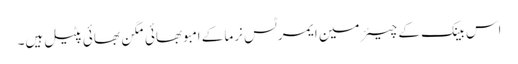
اس بینک کے چیئرمین ایمرٹس نرما کے امبوبھائی مگن بھائی پٹیل ہیں۔